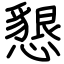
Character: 懇